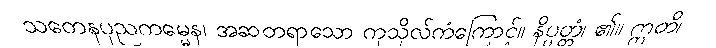
သတေနပုညကမ္မေန၊ အဆတရာသော ကုသိုလ်ကံကြောင့်။ နိပ္ပတ္တံ၊ ၏။ ဣတိ၊